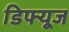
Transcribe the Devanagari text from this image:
डिफ्यूज